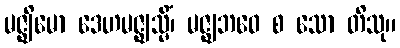
မဇ္ဈိမော ဒေဟမဇ္ဈသ္မိံ၊ မဇ္ဈဘဝေ စ သော တိသု။